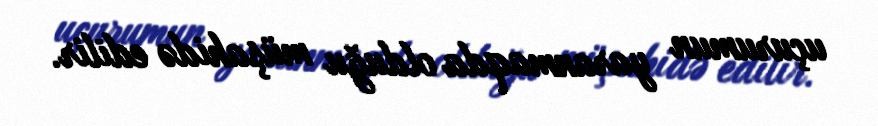
uçurumun yaranmaqda olduğu müşahidə edilir.